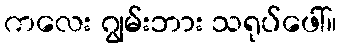
ကလေး ဂျွမ်းဘား သရုပ်ဖေါ်။